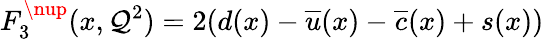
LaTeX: F_{3}^{\nup}(x,\mathcal{Q}^{2})=2(d(x)-\overline{{{{u}}}}(x)-\overline{{{{c}}}}(x)+s(x))